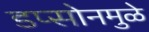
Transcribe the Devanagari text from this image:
डप्सोनमुळे